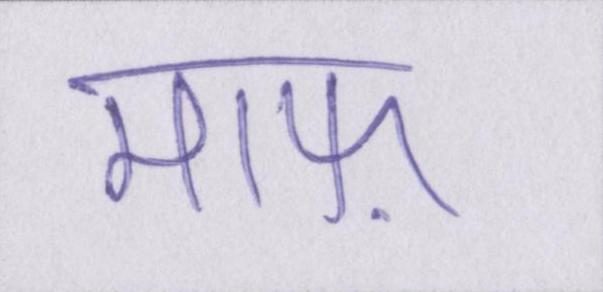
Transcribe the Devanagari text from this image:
माफ़